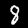
Label: 8